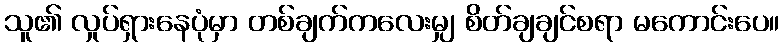
သူ၏ လှုပ်ရှားနေပုံမှာ တစ်ချက်ကလေးမျှ စိတ်ချချင်စရာ မကောင်းပေ။